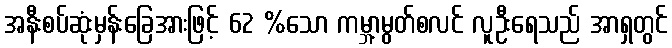
အနီးစပ်ဆုံးမှန်းခြေအားဖြင့် 62 %သော ကမ္ဘာ့မွတ်စလင် လူဦးရေသည် အာရှတွင်